Eesti_Vabariigi_Tartu_Ulikool, lk 83
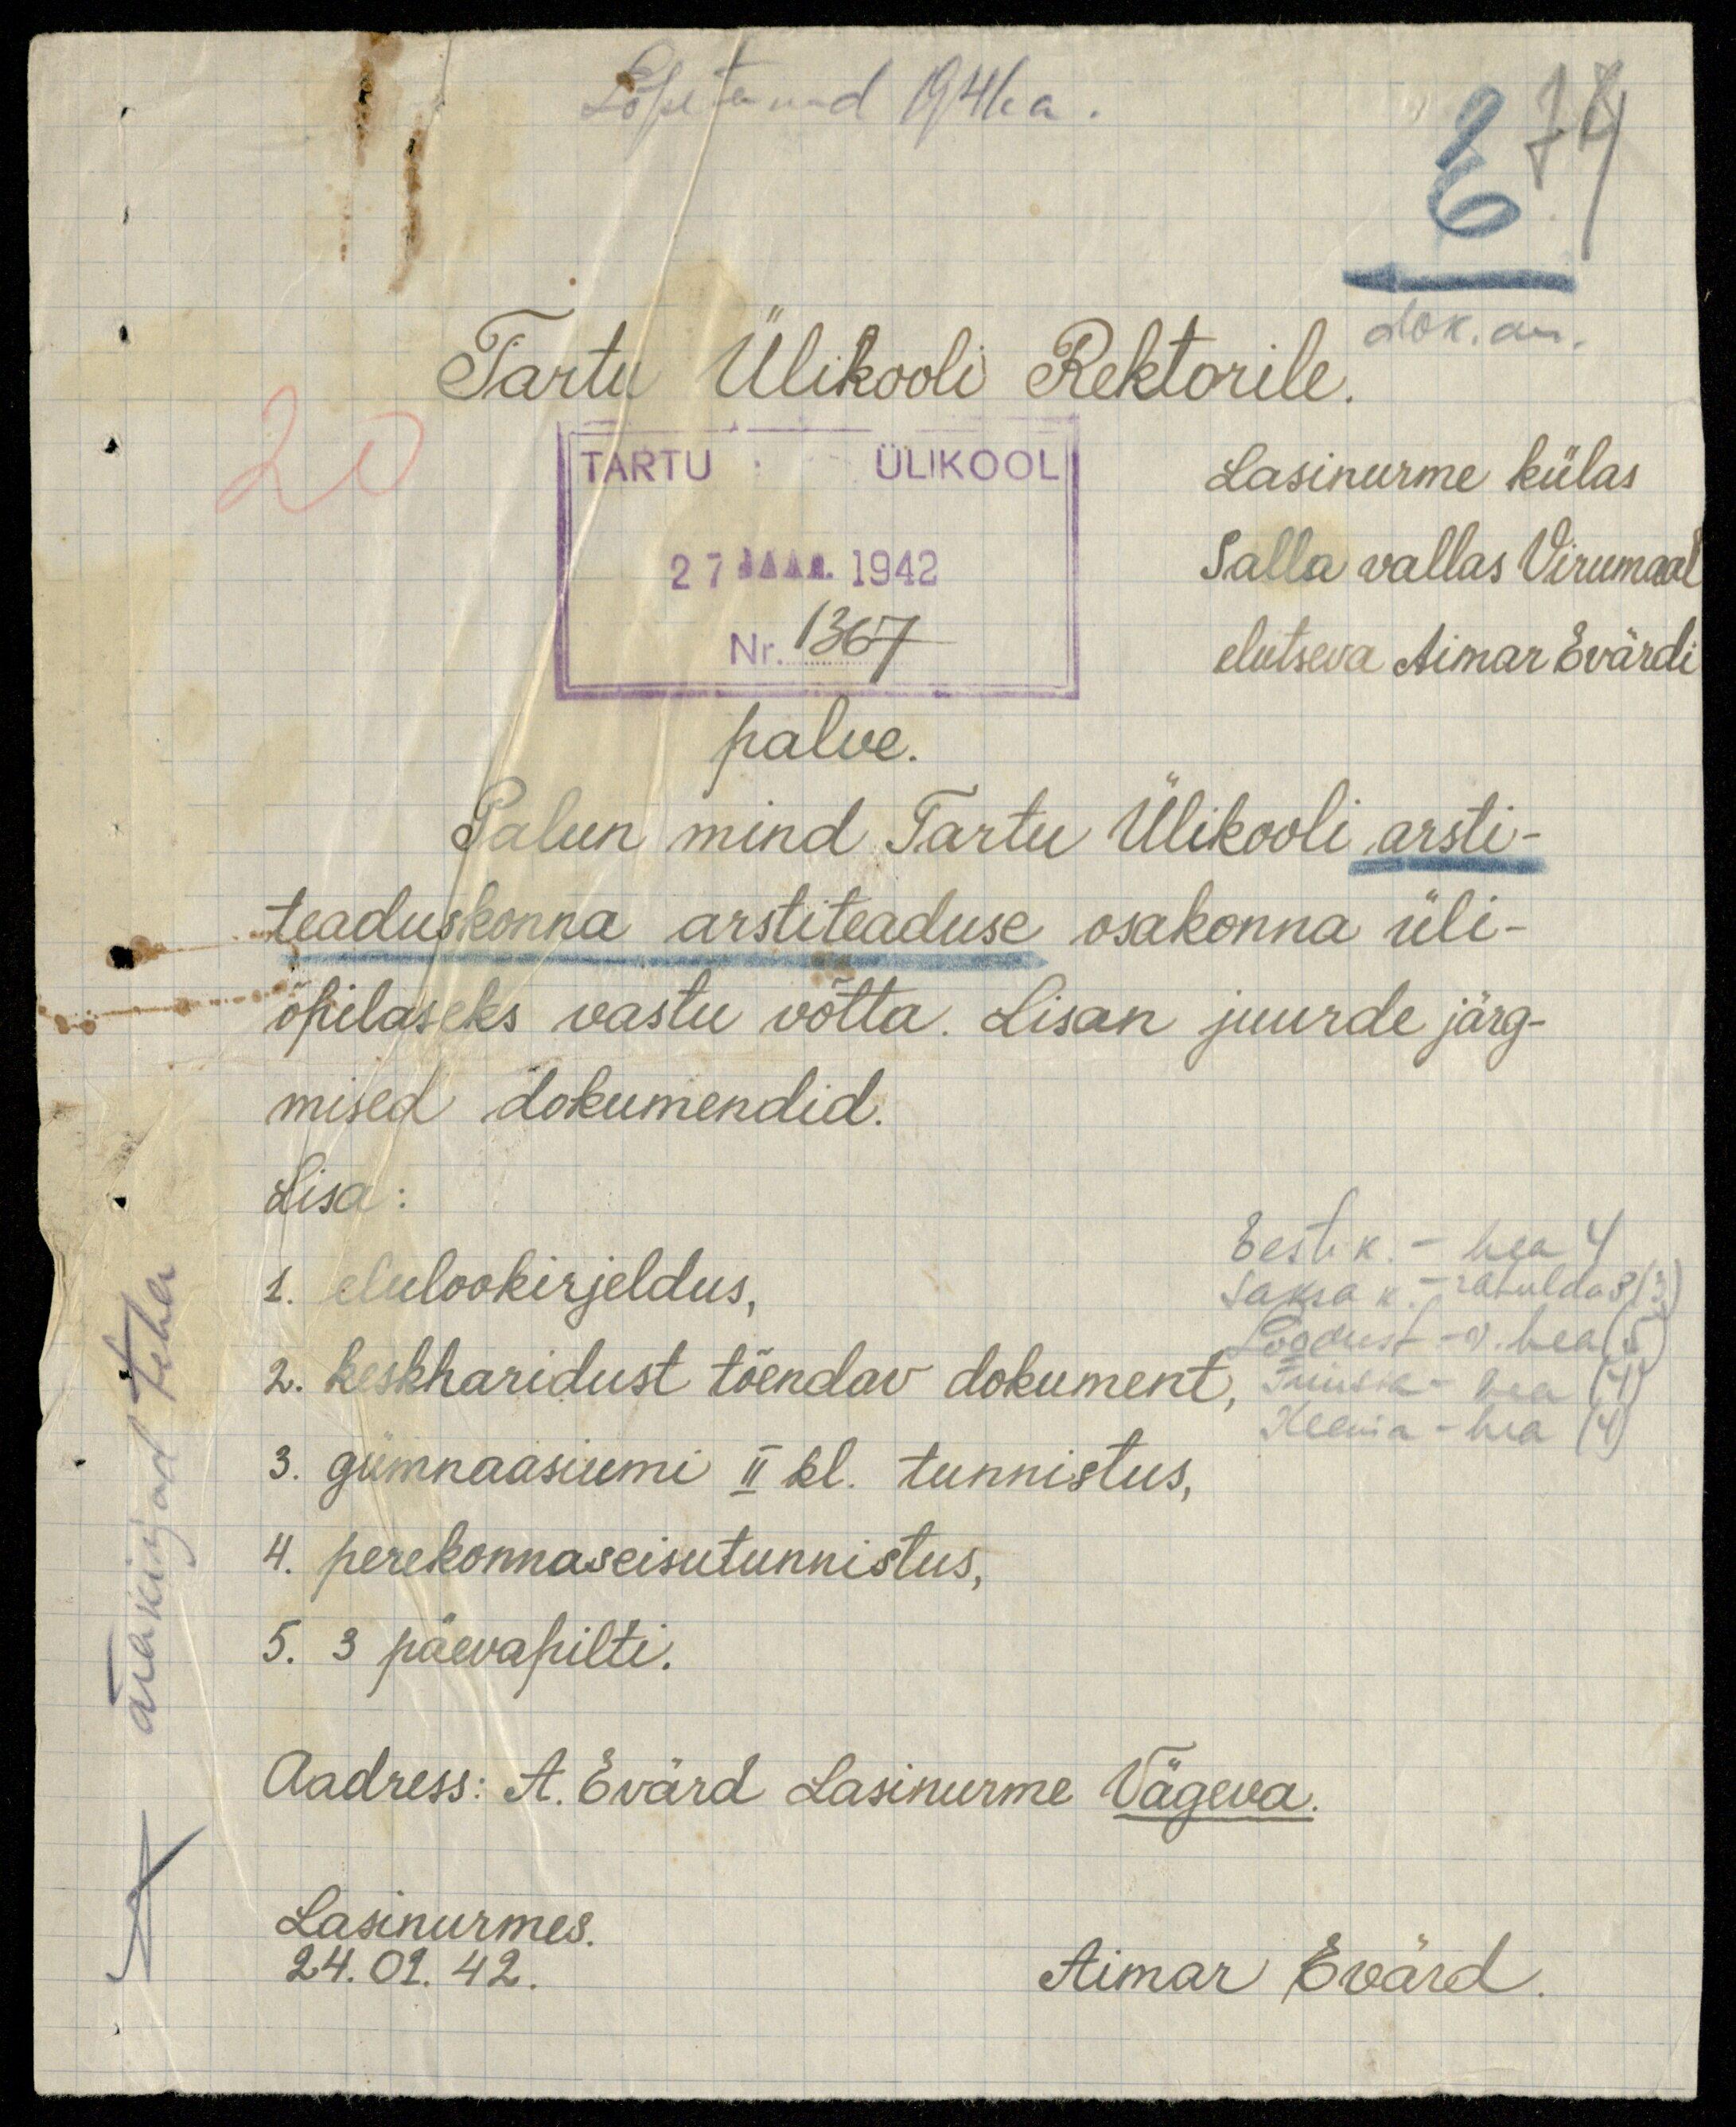
Lõpetanud 1941. a.
Tartu Ülikooli Rektorile.
dok. an.
TARTU ÜLIKOOL
27 JAAN. 1942
Nr.1367
Lasinurme külas
Salla vallas Virumaal
elutseva Aimar Evärdi
palve.
Palun mind Tartu Ülikooli arsti-
teaduskonna arstiteaduse osakonna üli-
õpilaseks vastu võtta. Lisan juurde järg-
mised dokumendid.
Lisa:
Eesti k. - hea 4
Saksa k. - rahuldav (3)
Loodust - v. hea (5)
Füüsika - hea (4)
Keemia - hea (4)
1. elulookirjeldus,
2. keskharidust tõendav dokument,
3. gümnaasiumi II kl. tunnistus,
4. perekonnaseisutunnistus,
5. 3 päevapilti.
Aadress: A. Evärd Lasinurme Vägeva.
Lasinurmes.
24. 01. 42.
Aimar Evärd.
A ärakirjad teha